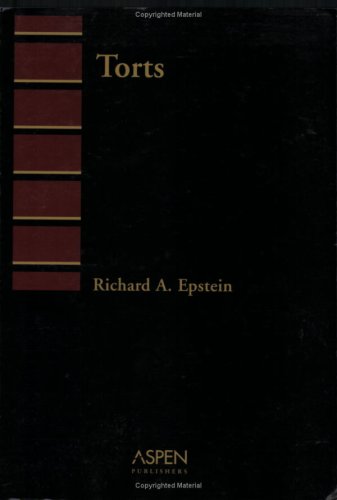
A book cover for Torts (Introduction to Law Series); Richard A. Epstein; Law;